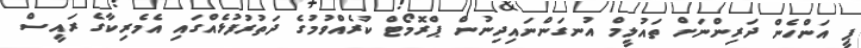
ޕީ އަންހެން ދަރިންނަށް ތައުލީމް އުނގަންނައިދިނުން ޕްރޮމޯޓް ކުރެއްވުމުގެ ދަތުރުފުޅެއްގައި އެމެރިކާގެ ރައީސް